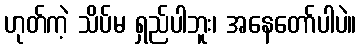
ဟုတ်ကဲ့ သိပ်မ ရှည်ပါဘူး၊ အနေတော်ပါပဲ။